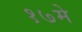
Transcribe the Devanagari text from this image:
१७मे